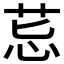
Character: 𦮤